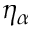
\eta _ { \alpha }